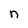
Character: n